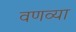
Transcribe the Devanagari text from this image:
वणव्या